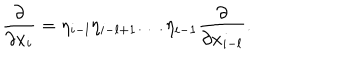
LaTeX: \frac { \partial } { \partial x _ { i } } = \eta _ { i - l } \eta _ { i - l + 1 } \dots \eta _ { i - 1 } \frac { \partial } { \partial x _ { i - l } } .